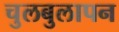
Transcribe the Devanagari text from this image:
चुलबुलापन